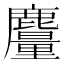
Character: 𪋥